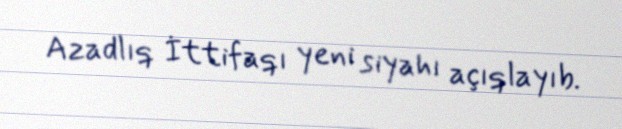
Azadlıq İttifaqı yeni siyahı açıqlayıb.